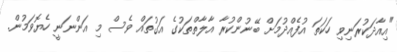
"އިއާދަކުރަނިވި ހަކަތަ އުފެއްދުމަށް ބޭނުންކުރާ އާލާތްތަކުގެ އަގުތައް ވެސް މި އަންނަނީ ހެޔޮވަމުން.